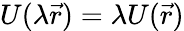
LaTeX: U(\lambda\vec{r})=\lambda U(\vec{r})